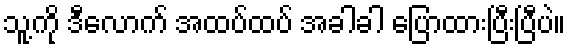
သူ့ကို ဒီလောက် အထပ်ထပ် အခါခါ ပြောထားပြီးပြီပဲ။